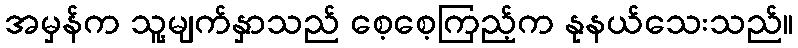
အမှန်က သူ့မျက်နှာသည် စေ့စေ့ကြည့်က နုနယ်သေးသည်။